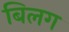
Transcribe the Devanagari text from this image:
बिलग